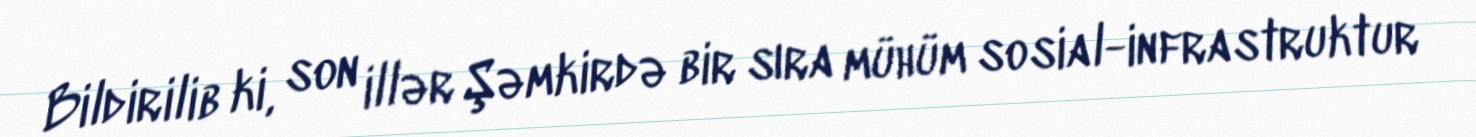
Bildirilib ki, son illər Şəmkirdə bir sıra mühüm sosial-infrastruktur